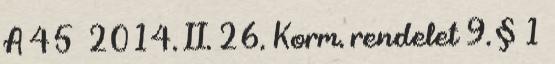
A 45 2014. II. 26. Korm. rendelet 9. § 1